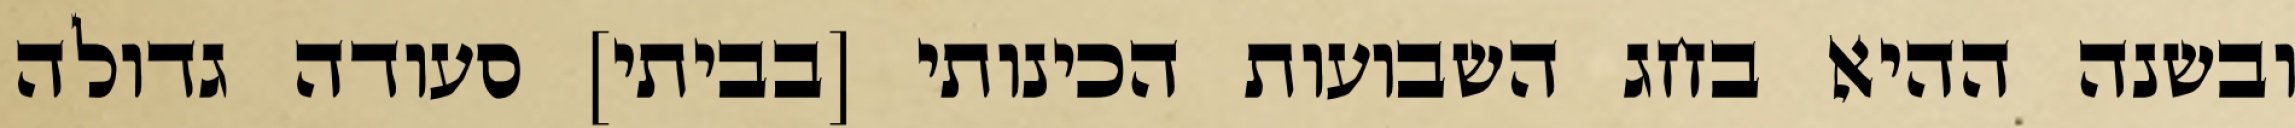
ובשנה ההיא בחג השבועות הכינותי [בביתי] סעודה גדולה